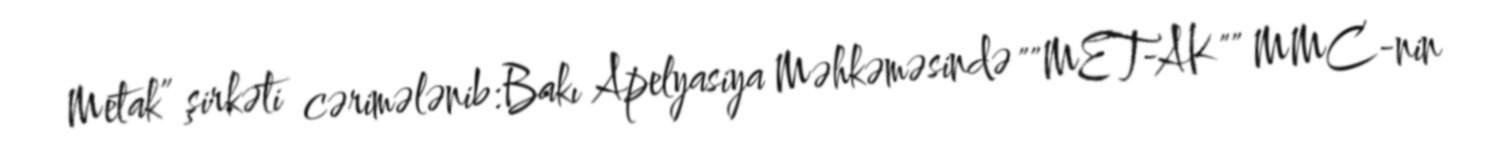
Metak” şirkəti cərimələnib:Bakı Apelyasiya Məhkəməsində ""MET-AK"" MMC-nin